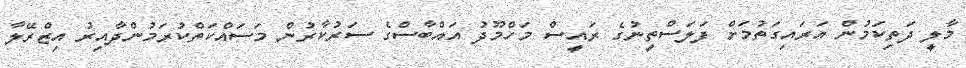
މާލީ ދަތިކަމުން އަރައިގަތުމަށް ފަލަސްތީނުގެ ރައީސް މަހްމޫދު އައްބާސްގެ ސަރުކާރުން މަސައްކަތްކުރަމުންދާއިރު އިޒްރޭލާ